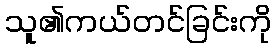
သူ၏ကယ်တင်ခြင်းကို